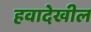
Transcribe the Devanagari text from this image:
हवादेखील